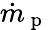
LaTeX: \dot{m}_{\mathrm{~p~}}